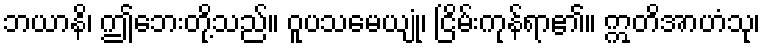
ဘယာနိ၊ ဤဘေးတို့သည်။ ဝူပသမေယျုံ၊ ငြိမ်းကုန်ရာ၏။ ဣတိအာဟံသု၊